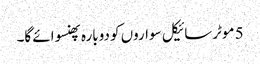
5 موٹرسائیکل سواروں کو دوبارہ پھنسوائے گا۔